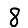
Digit: 8